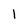
Character: 1